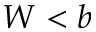
W < b